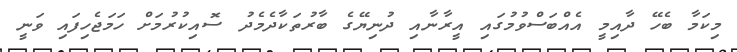
މިކަމާ ބެހޭ ދާއިމީ އެއްބަސްވުމުގައި އީރާނާއި ދުނިޔޭގެ ބާރުތަކާދެމެދު ސޮއިކުރުމަށް ހަމަޖެހިފައި ވަނީ